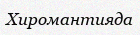
Хиромантияда